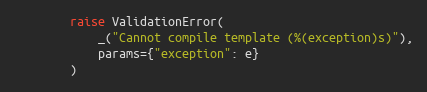
Language: Python
        raise ValidationError(
            _("Cannot compile template (%(exception)s)"),
            params={"exception": e}
        )